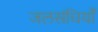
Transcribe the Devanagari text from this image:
जलसंधियाँ